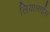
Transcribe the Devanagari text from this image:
लिया।सईस